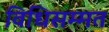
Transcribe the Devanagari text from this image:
विधिसम्‍मत